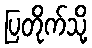
ပြတိုက်သို့